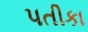
પતીકા